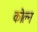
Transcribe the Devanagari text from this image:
कोल्न